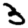
Digit: 3